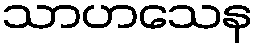
သာဟသေန